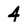
Character: 4